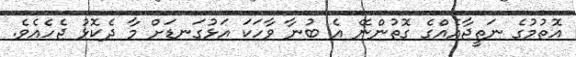
އޮތުމުގެ ނަތީޖާއެއްގެ ގޮތުންނޭ އެ ބުނާ ވާހަކަ އަޅުގަނޑަށް މާ ދެކޮޅު ޖެހެއެވެ.